Report on vaccination in Madras 1904-1921 - 1904-1921
Year: 1904
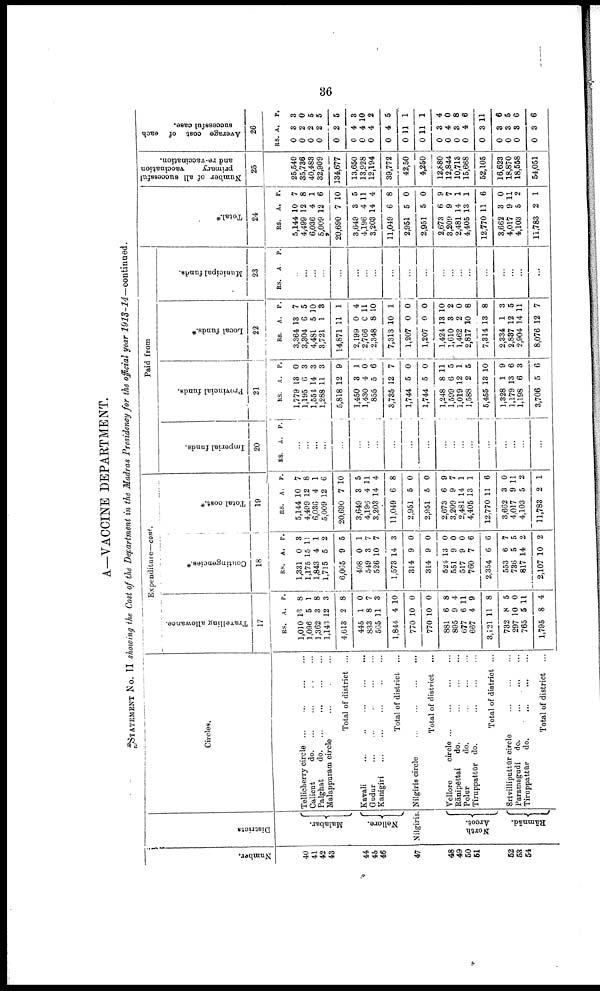
36
A—VACCINE DEPARTMENT.
STATEMENT No. II showing the Cost of the Department in the Madras Presidency for the official year
1913-14—continued.
Number.
40
41
42
43
44
46
46
47
48
49
50
61
52
53
54
Districts
Malabar.
Nellore.
Nilgiris.
North
Arcot.
Bāmnād.
Circles.
Tellicherry circle
...
...
...
...
Calicut
d
o
. ... ... ... ...
Palghat
d
o
. ... ... ... ...
Malappuram circle ... ... ...
Total of district ...
Kavali
...
...
...
...
...
Gudur
...
...
...
...
...
Kanigiri
...
...
...
...
Total of district ...
Nilgiris circle
...
...
...
...
Total of district ...
Vellore
circle
...
...
...
...
Rānipēttai
do.
...
...
...
Polur
do.
...
...
...
Tiruppattūr do.
...
...
...
Total of district ...
Srivilliputtūr circle
...
...
...
Paramagudi do.
...
...
...
Tiruppattūr
do.
...
...
...
Total of district ...
Expenditure—cont.
Travelling allowance.
17
RS.
1,010
1,096
1,362
1,143
4,613
445
833
565
1,844
770
770
881
895
677
667
3,121
732
297
765
1,795
A.
13
5
3
12
2
1
8
11
4
10
10
6
9
6
4
11
8
10
5
8
P.
8
1
8
3
8
0
7
3
10
0
0
8
4
11
9
8
5
0
11
4
Contingencies.*
18
RS.
1,331
1,175
1,843
1,715
6,065
498
549
526
1,573
314
314
524
551
517
760
2,354
553
736
817
2,107
A.
0
15
4
5
9
0
3
10
14
9
9
13
9
9
7
6
6
5
14
10
P.
3
11
1
2
5
1
7
7
3
0
0
0
0
0
6
6
7
5
2
2
Total cost.*
19
RS.
5,144
4,499
6,036
5,009
20,690
3,649
4,196
3,203
11,049
2,951
2,951
2,673
3,209
2,481
4,405
12,770
3,662
4,017
4,103
11,783
A.
10
12
4
12
7
3
4
14
6
5
5
6
9
14
13
11
3
9
5
2
P.
7
8
1
6
10
5
11
4
8
0
0
9
7
1
1
6
0
11
2
1
Paid from
Imperial funds.
20
RS. A. P.
...
...
...
...
...
...
...
...
...
...
...
...
...
...
...
...
...
...
...
...
Provincial funds.
21
RS.
1,779
1,195
1,554
1,288
5,818
1,450
1,430
855
3,735
1,744
1,744
1,248
1,599
1,019
1,588
5,455
1,328
1,179
1,198
3,706
A.
13
6
14
11
12
3
4
5
12
5
5
8
6
12
2
13
1
13
6
5
P.
0
3
3
3
9
1
0
6
7
0
0
11
5
1
5
10
9
6
3
6
Local funds.*
22
RS.
3,364
3,304
4,481
3,721
14,871
2,199
2,766
2,348
7,313
1,207
1,207
1,424
1,610
1,462
2,817
7,314
2,334
2,887
2,904
8,076
A.
13
6
5
1
11
0
0
8
10
0
0
13
3
2
10
13
1
12
14
12
P.
7
5
10
3
1
4
11
10
1
0
0
10
2
0
8
8
3
5
11
7
Municipal funds.
23
RS. A.
P.
...
...
...
...
...
...
...
...
...
...
...
...
...
...
...
...
...
...
...
...
Total.*
24
RS.
5,144
4,499
6,036
5,009
20,690
3,649
4,196
3,203
11,049
2,951
2,951
2,673
3,209
2,481
4,405
12,770
3,662
4,017
4,103
11,783
A.
10
12
4
12
7
3
4
14
6
5
5
6
9
14
13
11
3
9
5
2
P.
7
8
1
6
10
5
11
4
8
0
0
9
7
1
1
6
0
11
2
1
Number of all successful
primary
vaccination
and re-vaccination.
25
25,549
35,736
40,488
32,909
134,677
13,650
13,928
12,194
39,772
42,50
4,250
12,880
12,844
10,713
15,668
52,105
16,623
18,870
18,558
54,051
Average cost of each
successful case.
26
RS.
0
0
0
0
0
0
0
0
0
0
0
0
0
0
0
0
0
0
0
0
A.
3
2
2
2
2
4
4
4
4
11
11
3
4
8
4
3
3
3
3
3
P.
3
0
5
5
5
3
10
2
5
1
1
4
0
8
6
11
6
5
6
6